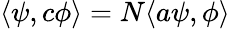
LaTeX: \langle\psi,c\phi\rangle=N\langle a\psi,\phi\rangle